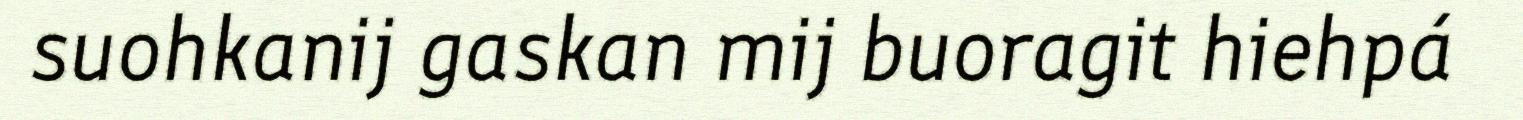
suohkanij gaskan mij buoragit hiehpá